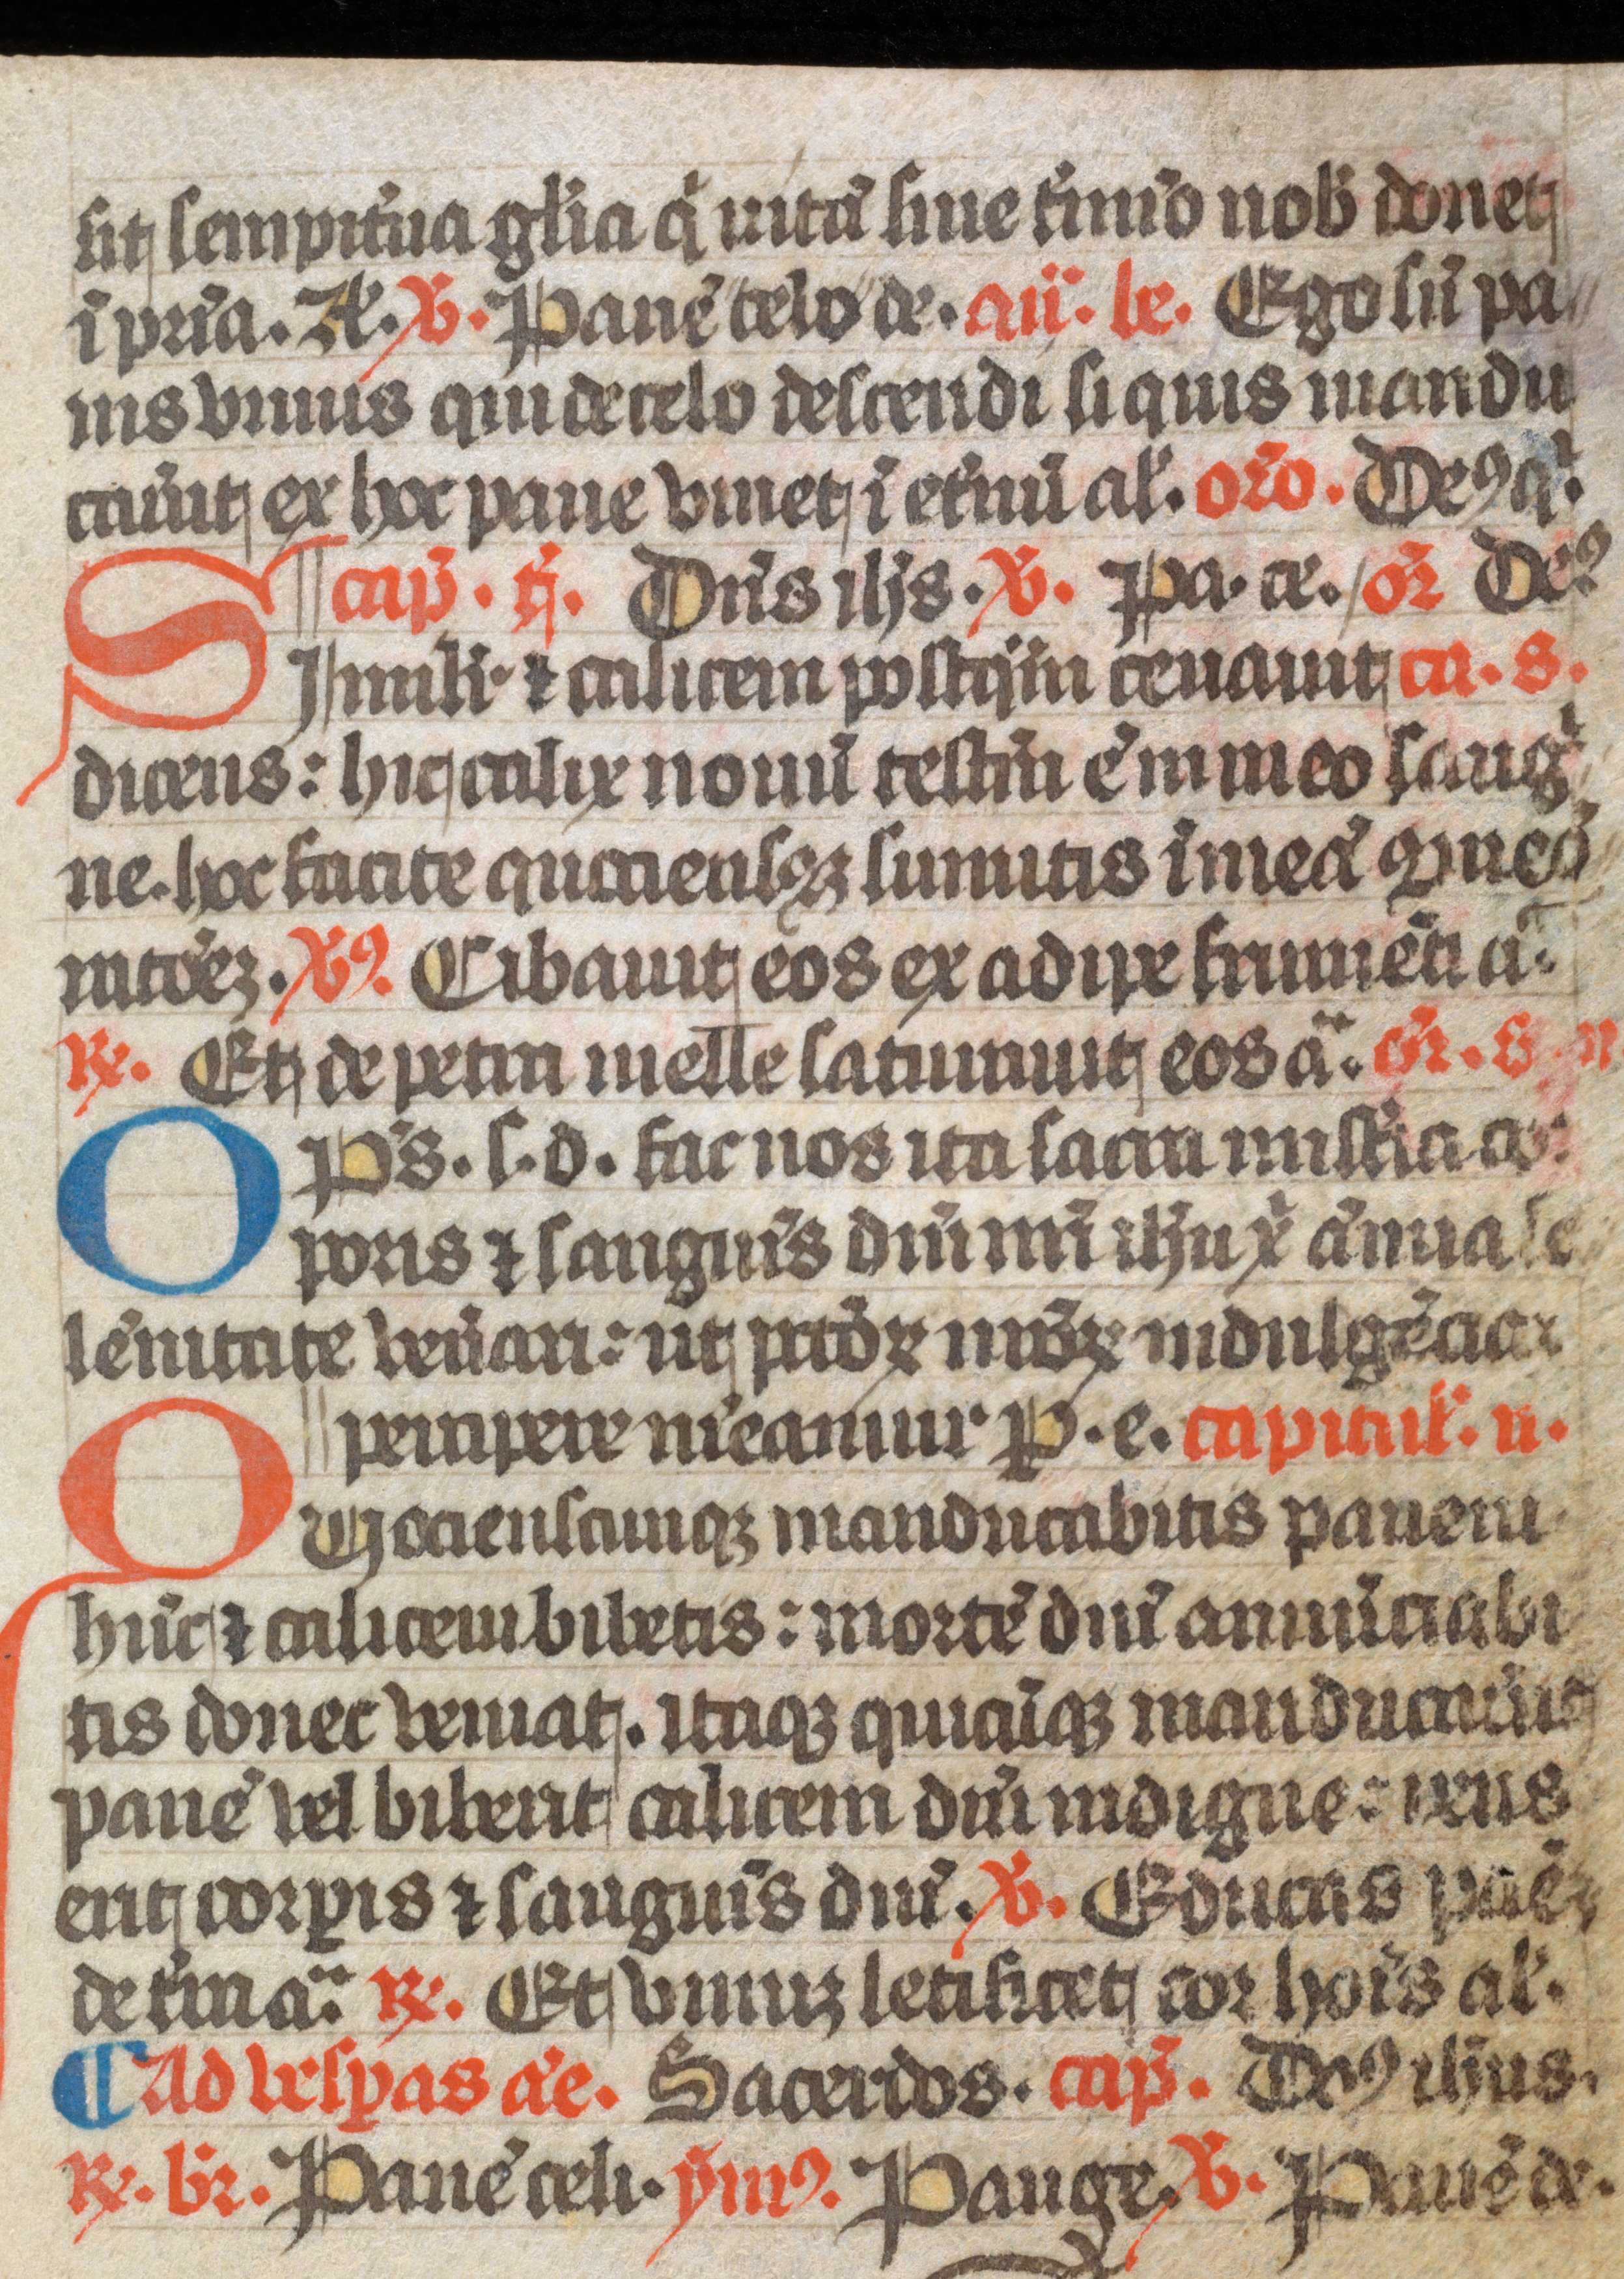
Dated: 1300–1399